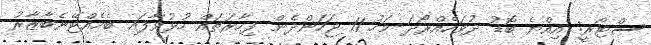
ސްޓޯރީ: އިއްޔެ ބޮޑު ދުވަހެއްރޯދަ މަހު 11 ޖަހަންދެން ފިހާރަތައް ހުޅުވާފައި ބެހެއްޓޭނެބާޒާރު